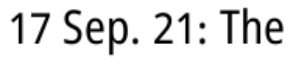
17 Sep. 21: The